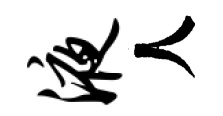
液人